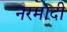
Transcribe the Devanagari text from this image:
नरमादी